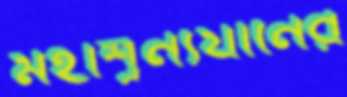
মহাশূন্যযানের